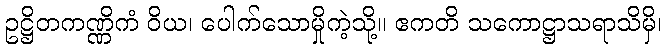
ဥဋ္ဌိတကဏ္ဏိကံ ဝိယ၊ ပေါက်သောမှိုကဲ့သို့။ ဧကတိ သကောဋ္ဌာသရာသိမှိ၊